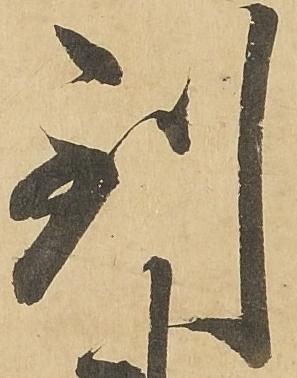
到